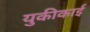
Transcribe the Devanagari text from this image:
युकीकाई